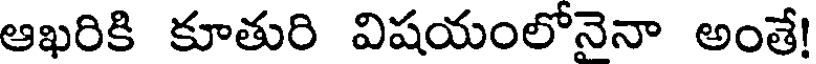
ఆఖరికి కూతురి విషయంలోనైనా అంతే!